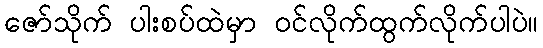
ဇော်သိုက် ပါးစပ်ထဲမှာ ဝင်လိုက်ထွက်လိုက်ပါပဲ။